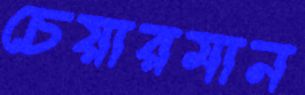
চেয়ারমান